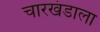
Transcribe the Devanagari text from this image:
चारखंडाला